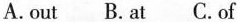
A.out B.at C.of